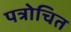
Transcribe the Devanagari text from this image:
पत्रोचित